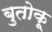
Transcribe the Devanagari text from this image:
बुतोकू